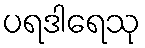
ပရဒါရေသု